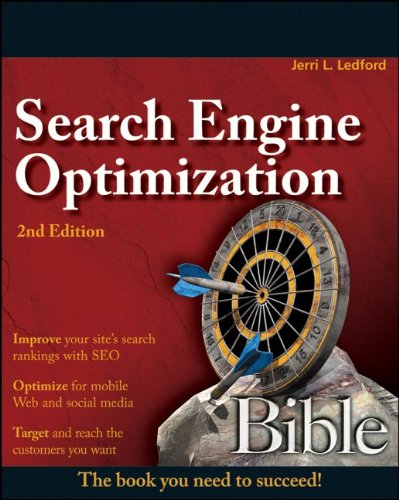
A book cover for Search Engine Optimization Bible; Jerri L. Ledford; Computers & Technology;